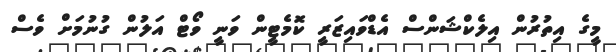
މީގެ އިތުރުން އިލެކްޝަންސް އެޑްވައިޒަރީ ކޮމެޓީން ވަނީ ވޯޓް އަލުން ގުނުމަށް ވެސް